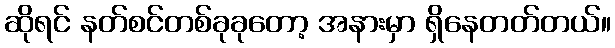
ဆိုရင် နတ်စင်တစ်ခုခုတော့ အနားမှာ ရှိနေတတ်တယ်။